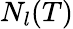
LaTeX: N_{l}(T)